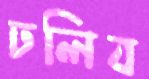
ঢলিব